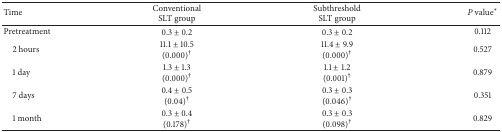
<table><thead><tr><td><b>Time</b></td><td><b>Conventional SLT group</b></td><td><b>Subthreshold SLT group</b></td><td><b><i>P</i> value<sup><i>∗</i></sup></b></td></tr></thead><tbody><tr><td>Pretreatment</td><td>0.3 ± 0.2</td><td>0.3 ± 0.2</td><td>0.112</td></tr><tr><td> 2 hours</td><td>11.1 ± 10.5(0.000)<sup>†</sup></td><td>11.4 ± 9.9(0.000)<sup>†</sup></td><td>0.527</td></tr><tr><td> 1 day</td><td>1.3 ± 1.3(0.000)<sup>†</sup></td><td>1.1 ± 1.2(0.001)<sup>†</sup></td><td>0.879</td></tr><tr><td> 7 days</td><td>0.4 ± 0.5(0.04)<sup>†</sup></td><td>0.3 ± 0.3(0.046)<sup>†</sup></td><td>0.351</td></tr><tr><td> 1 month</td><td>0.3 ± 0.4(0.178)<sup>†</sup></td><td>0.3 ± 0.3(0.098)<sup>†</sup></td><td>0.829</td></tr></tbody></table>